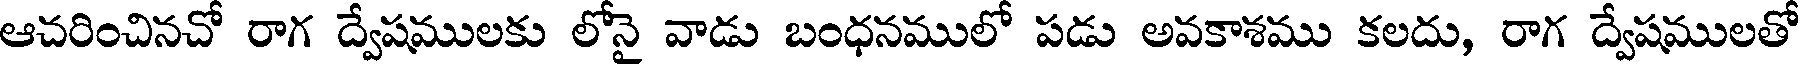
ఆచరించినచో రాగ ద్వేషములకు లోనై వాడు బంధనములో పడు అవకాశము కలదు, రాగ ద్వేషములతో